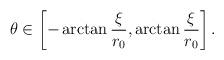
LaTeX: \begin{align*}\theta\in\left[-\arctan{\xi\over r_0}, \arctan{\xi\over r_0}\right].\end{align*}